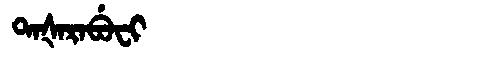
Manchu: ᡨᠠᡧᠠᡵᠠᠪᡠᠸᡳ
Romanization: TAŠARABUFI